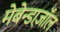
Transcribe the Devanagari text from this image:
मेबेन्डाज़ॉल